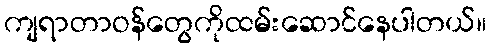
ကျရာတာဝန်တွေကိုထမ်းဆောင်နေပါတယ်။